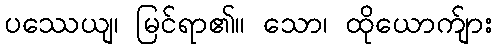
ပဿေယျ၊ မြင်ရာ၏။ သော၊ ထိုယောက်ျား